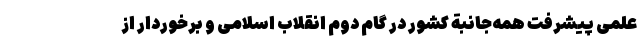
علمی پیشرفت همه­جانبة کشور در گام دوم انقلاب اسلامی و برخوردار از